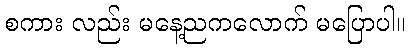
စကား လည်း မနေ့ညကလောက် မပြောပါ။